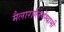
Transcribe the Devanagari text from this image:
मैलारालिंगेस्वामी